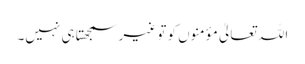
اللہ تعالیٰ مؤمنوں کو تو غیر سمجھتا ہی نہیں۔